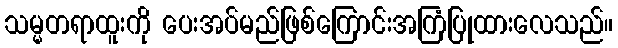
သမ္မတရာထူးကို ပေးအပ်မည်ဖြစ်ကြောင်းအကြံပြုထားလေသည်။